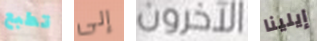
تطبع إلى الآخرون إيلينا